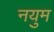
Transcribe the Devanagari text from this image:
नयुम